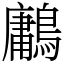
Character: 鷛